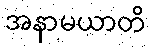
အနာမယာတိ